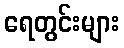
ရေတွင်းများ